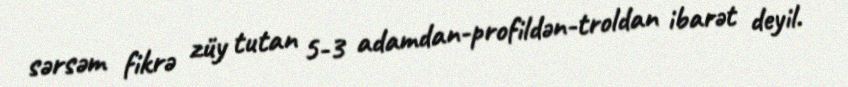
sərsəm fikrə züy tutan 5-3 adamdan-profildən-troldan ibarət deyil.